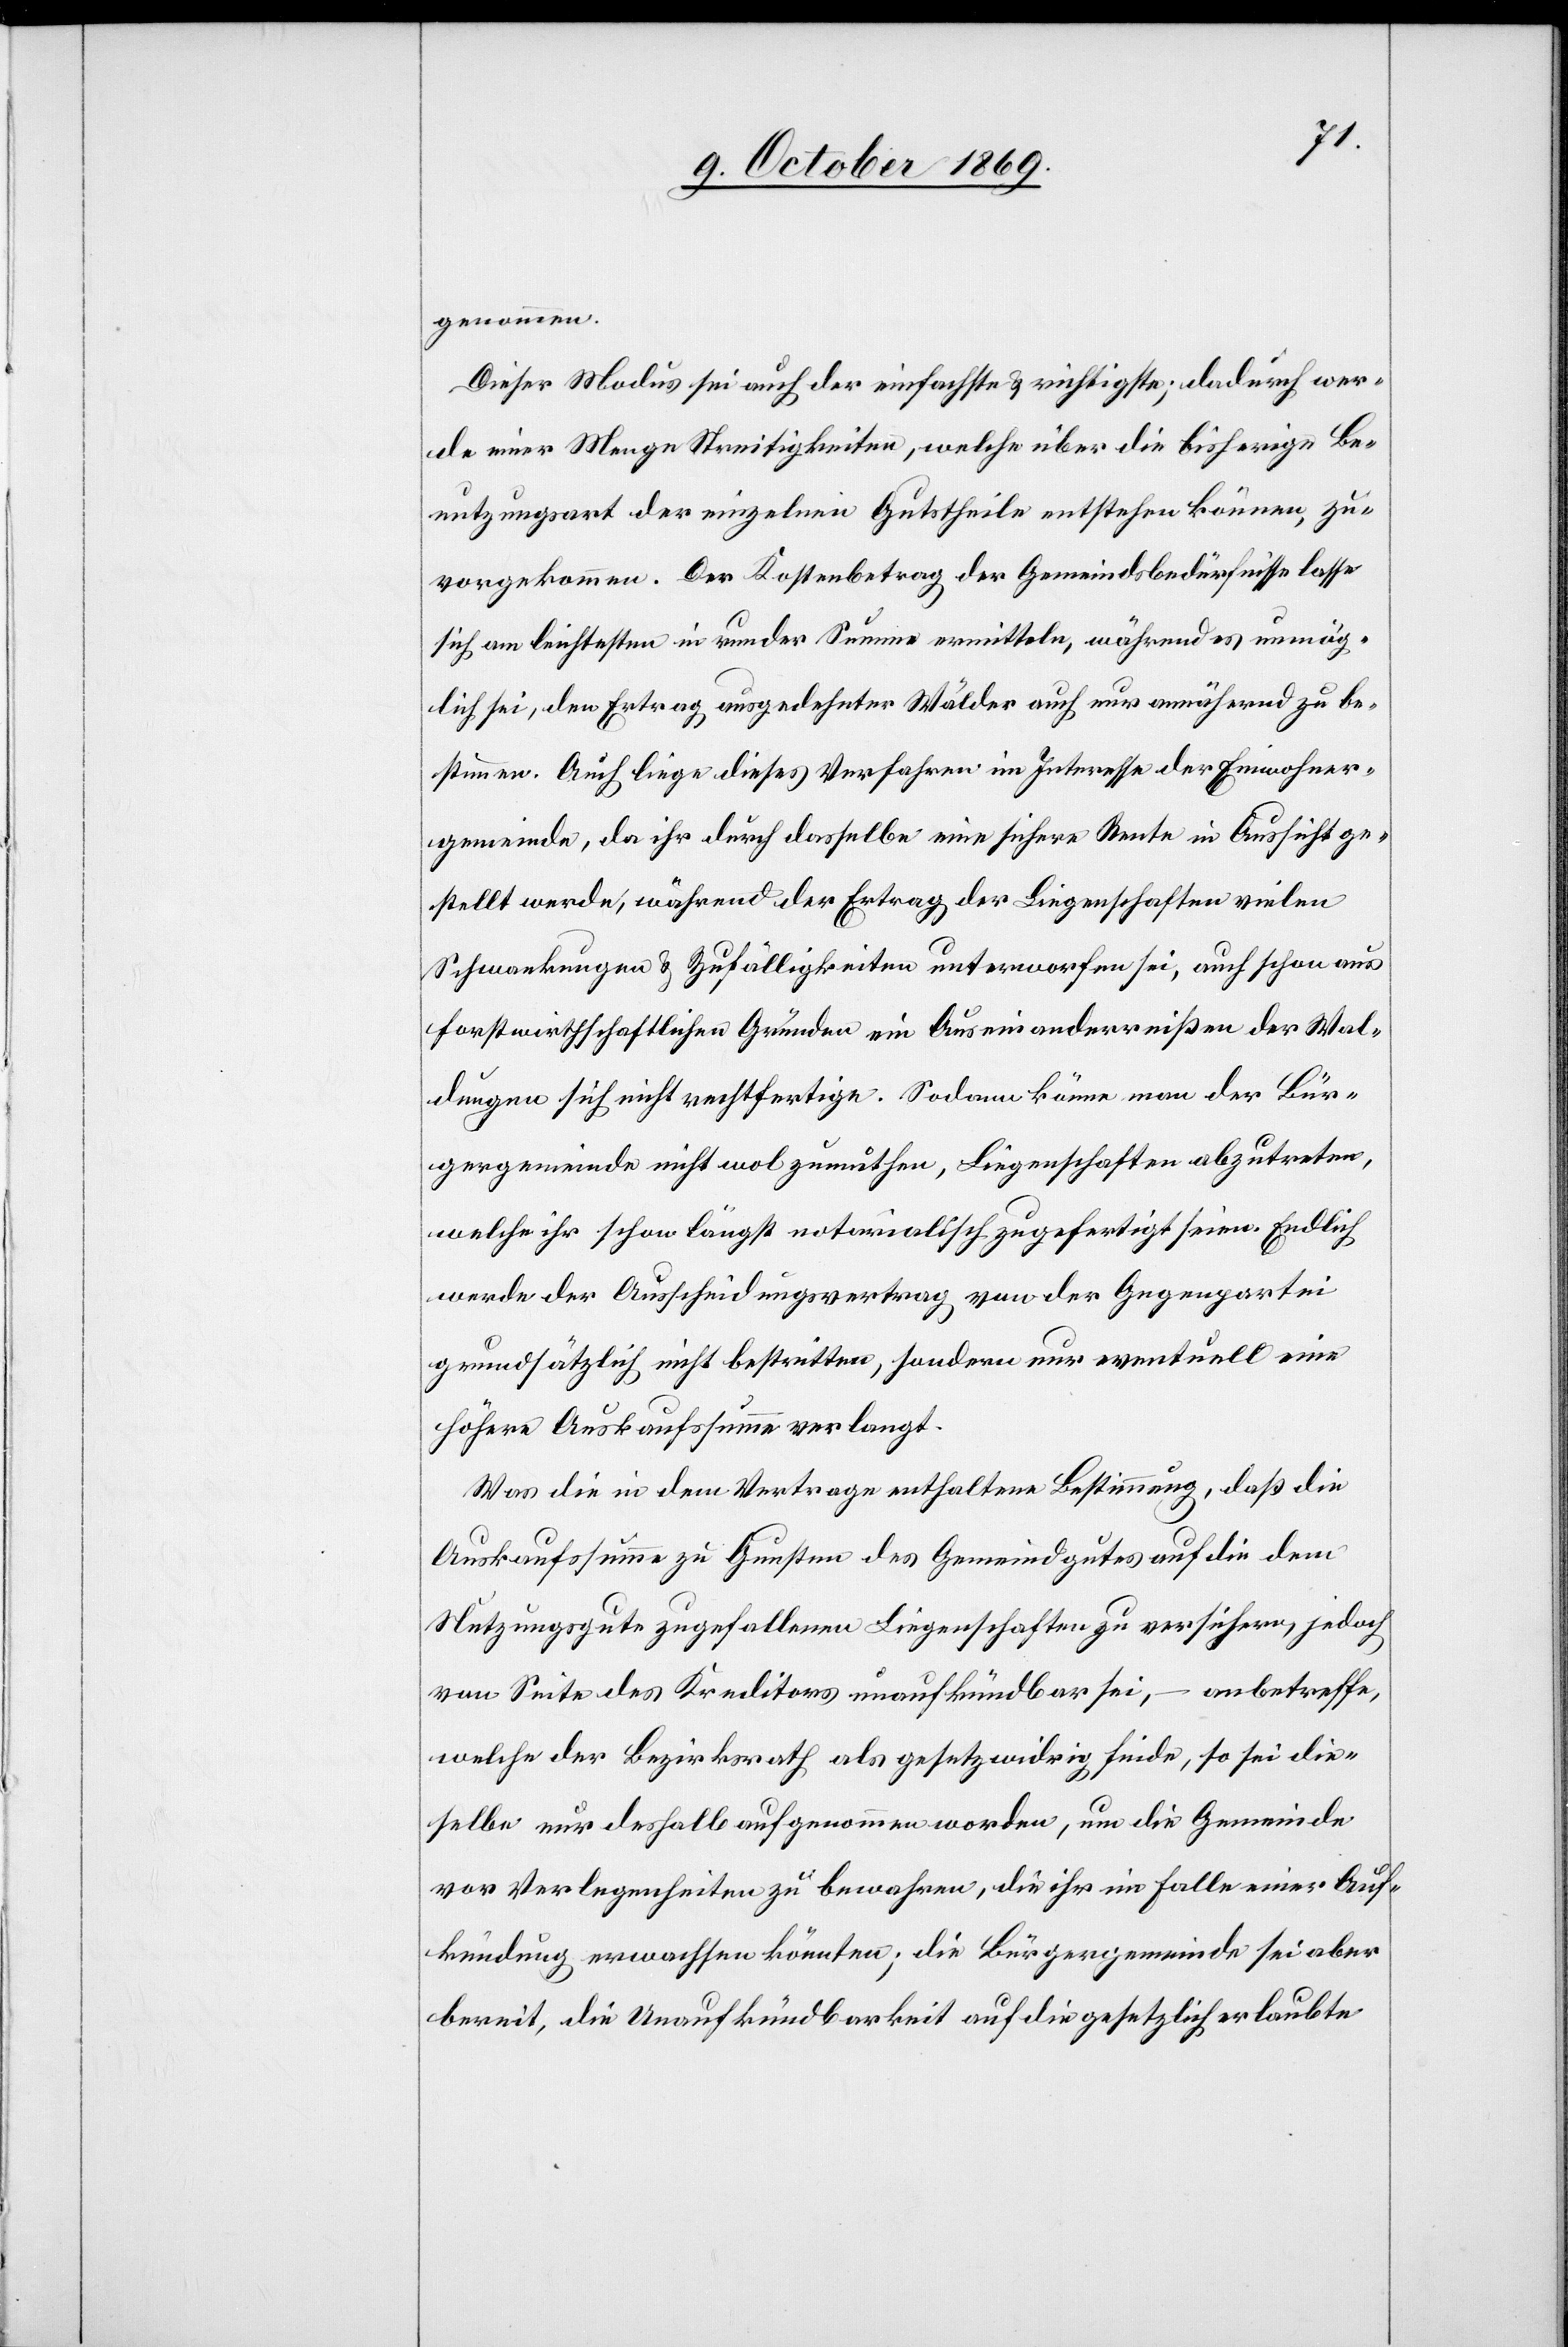
genommen.
Dieser Modus sei auch der einfachste & richtigste; dadurch wer¬
de einer Menge Streitigkeiten, welche über die bisherige Be¬
nutzungsart der einzelnen Gutstheile entstehen können, zu¬
vorgekommen. Der Kostenbetrag der Gemeindsbedürfnisse lasse
sich am leichtesten in runder Summe ermitteln, während es unmög¬
lich sei, den Ertrag ausgedehnter Wälder auch nur annähernd zu be¬
stimmen. Auch liege dieses Verfahren im Interesse der Einwohner¬
gemeinde, da ihr durch dasselbe eine sichere Rente in Aussicht ge¬
stellt werde, während der Ertrag der Liegenschaften vielen
Schwankungen & Zufälligkeiten unterworfen sei, auch schon aus
forstwirthschaftlichen Gründen ein Auseinanderreißen der Wal¬
dungen sich nicht rechtfertige. Sodann könne man der Bür¬
gergemeinde nicht wol zumuthen, Liegenschaften abzutreten,
welche ihr schon längst notarialisch zugefertigt seien. Endlich
werde der Ausscheidungsvertrag von der Gegenpartei
grundsätzlich nicht bestritten, sondern nur eventuell eine
höhere Auskaufssumme verlangt.
Was die in dem Vertrage enthaltene Bestimmung, daß die
Auskaufssumme zu Gunsten des Gemeindgutes auf die dem
Nutzungsgute zugefallenen Liegenschaften zu versichern, jedoch
von Seite des Kreditors unaufkündbar sei, – anbetreffe,
welche der Bezirksrath als gesetzwidrig finde, so sei die¬
selbe nur deshalb aufgenommen worden, um die Gemeinde
vor Verlegenheiten zu bewahren, die ihr im Falle einer Auf¬
kündung erwachsen könnten; die Bürgergemeinde sei aber
bereit, die Unaufkündbarkeit auf die gesetzlich erlaubte